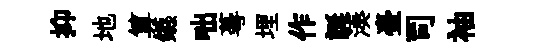
抑地算鑣咄蕚埋作誕湊臺司袖